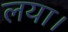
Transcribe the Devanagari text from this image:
लया।